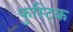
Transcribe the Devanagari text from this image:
फुस्टिक